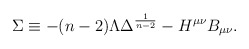
\begin{align*}\Sigma \equiv -(n-2) \Lambda \Delta ^{\frac{1}{n-2}} -H^{\mu \nu} B_{\mu \nu} .\end{align*}